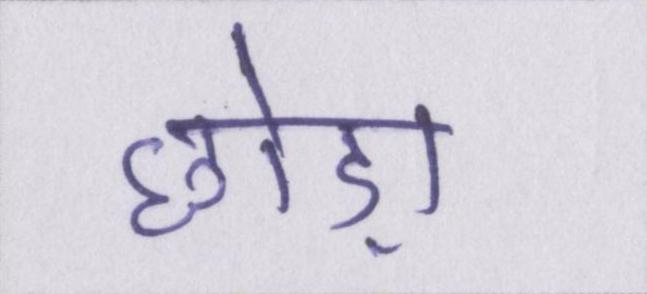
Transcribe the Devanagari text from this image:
छोड़ा